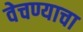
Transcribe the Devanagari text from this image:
वेचण्याचा